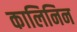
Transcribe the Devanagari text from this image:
कालिनिन